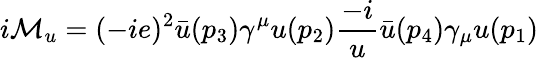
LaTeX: i{\mathcal{M}}_{u}=(-ie)^{2}{\bar{u}}(p_{3})\gamma^{\mu}u(p_{2}){\frac{-i}{u}}{\bar{u}}(p_{4})\gamma_{\mu}u(p_{1})